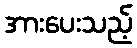
အားပေးသည့်